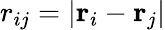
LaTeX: r_{ij}=|\mathbf{r}_{i}-\mathbf{r}_{j}|